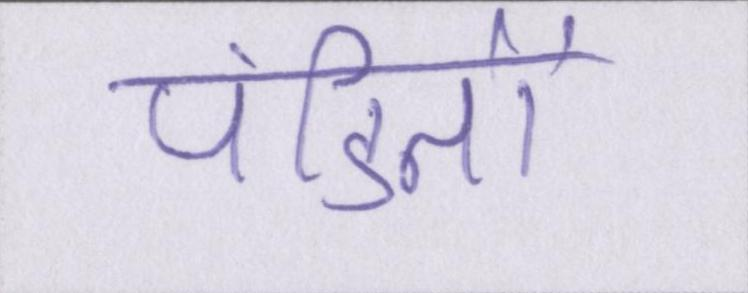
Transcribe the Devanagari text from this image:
पंडितों